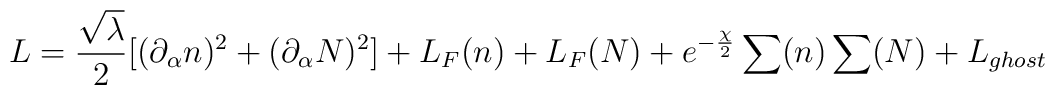
L=\frac{\sqrt{\lambda }}{2}[(\partial _{\alpha }n)^{2}+(\partial _{\alpha}N)^{2}]+L_{F}(n)+L_{F}(N)+e^{-\frac{\chi }{2}}\sum (n)\sum (N)+L_{ghost}